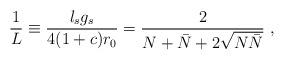
LaTeX: \begin{align*}\frac{1}{L} \equiv \frac{l_s g_s}{4 (1 + c) r_0} = \frac{2}{N + \bar{N} + 2 \sqrt{N\bar{N}}} ~, \end{align*}